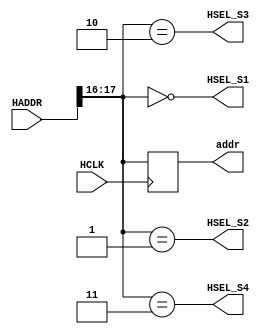
`timescale 1ns / 1ps

module decoder(input[31:0] HADDR,
				      input HCLK,
					    output HSEL_S1,
					    output HSEL_S2,
					    output HSEL_S3,
					    output HSEL_S4,
					    output reg[1:0] addr//guides mux for selecting right slave
					
              );
				  
				  
		always@(posedge HCLK) begin
		  addr<=HADDR[17:16];
      end		
		
		assign HSEL_S1=HADDR[17:16]=='b00;
		assign HSEL_S2=HADDR[17:16]=='b01;
		assign HSEL_S3=HADDR[17:16]=='b10;
		assign HSEL_S4=HADDR[17:16]=='b11;


endmodule